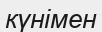
күнімен